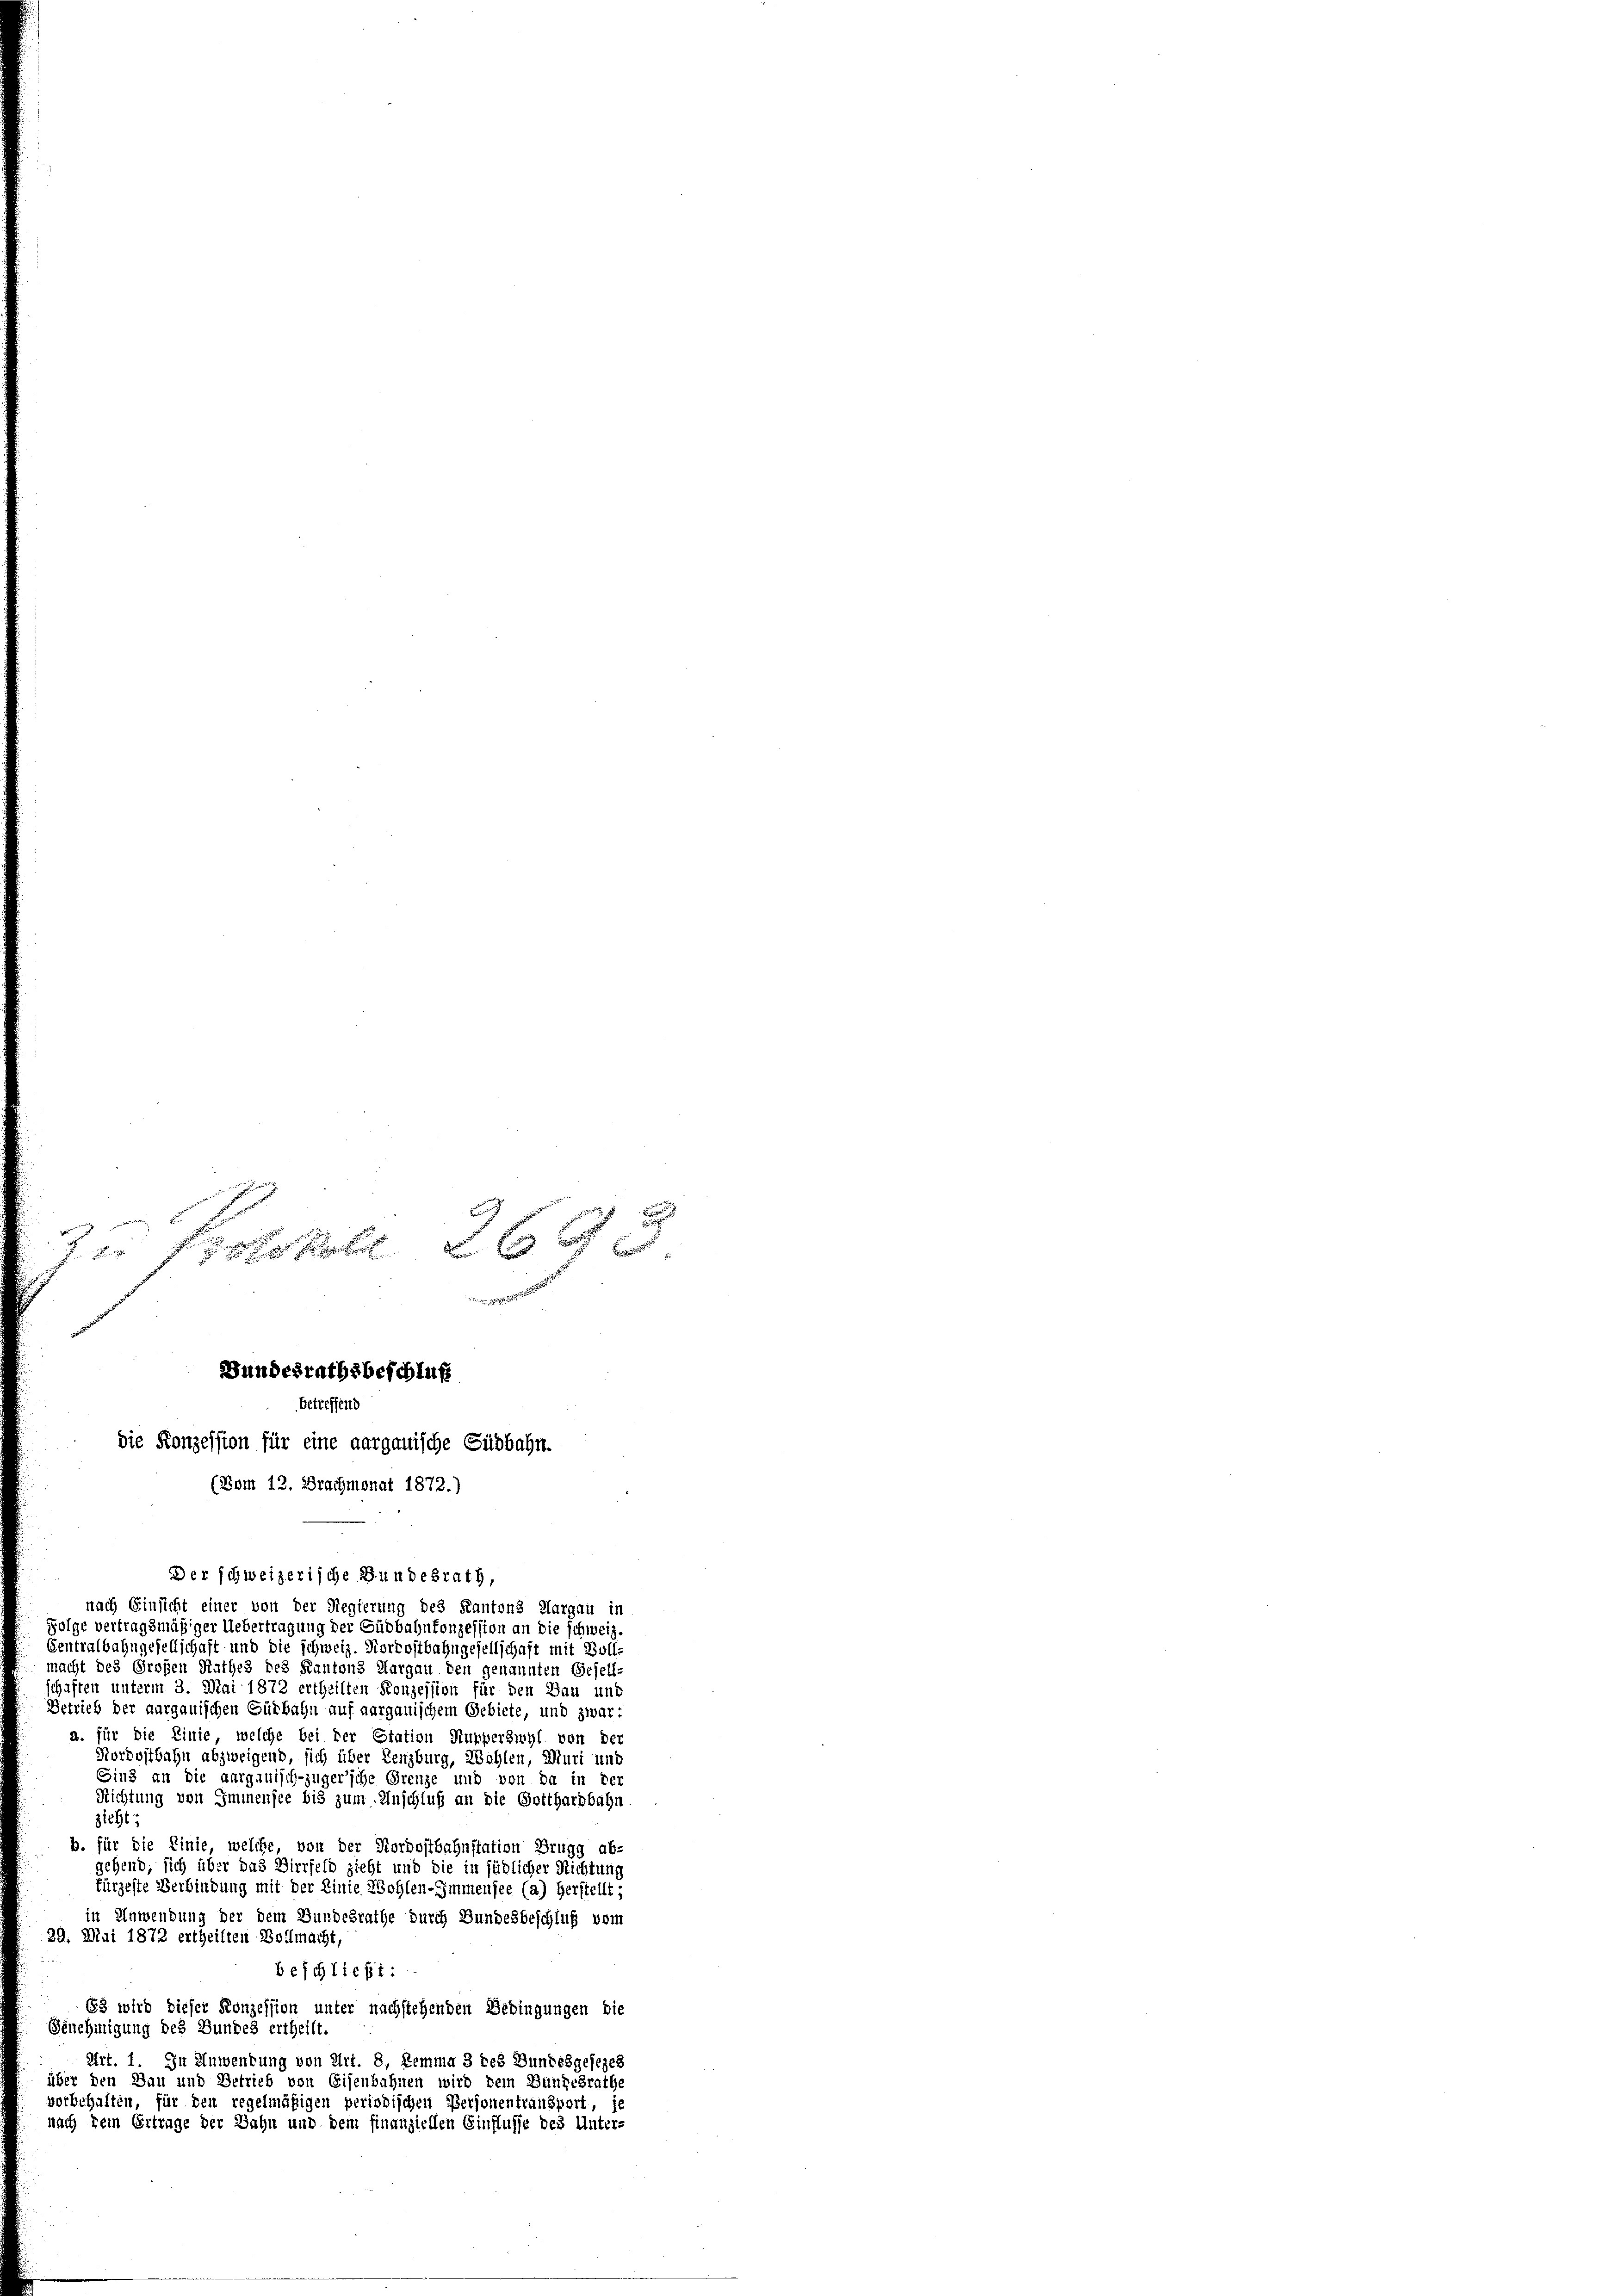
In Protokoll 264
Bundesrathsbeschluß
betreffend
die Konzession für eine aargauische Südbahn.
(Vom 13. Brachmonat 1872.)

Der schweizerische Bundesrath,

nach Einsicht einer von der Regierung des Kantons Aargau in
Folge vertragsmäßiger Uebertragung der Güdbahnkonzession an die schweiz.
Centralbahngesellschaft und die schweiz. Korrostbahngesellschaft mit Bolli
macht des Großen Rathes des Kantons Aargau den genannten Gesell-
schaften unterm 3. Mai 1872 ertheilten Konzession für den Bau und
Betrieb der aargauischen Gütbahn auf aargauischem Gebiete, und zwar
a. für die Linie, welche bei der Station Kupperswyl von der
Nordostbahn abzweigend, sich über Lenzburg, Wohlen, Muri und
Sind an die aargauisch-züger’sche Grenze und von da in der
Richtung von Immensee bis zum Anschluß an die Gotthardbahn
zieht:
b. für die Einie, welche, von der Nordostbahnstation Brugg ab-
gehend, sich über das Vierfeld zieht und die in südlicher Richtung
fürzeste Verbindung mit der Linie Wohlen-Immensee (a) Herstellt;
in Anwendung der dem Bundesrathe durch Bundesbeschluß vom
29. Mai 1872 ertheilten Bollmacht,
beschließt:
63 wird dieser Konzession unter nachstehenden Bedingungen die
Genehmigung des Bundes ertheilt.
Art. 1. In Anwendung von Art. 8, Lemma 3 des Bundesgesezes
über den Bau und Betrieb von Eisenbahnen wird dem Bundesrathe
vorbehalten, für den regelmäßigen periodischen Personentransport, i
nach kein Ertrage der Zahn und dem finanziellen Einflusse des Unter-